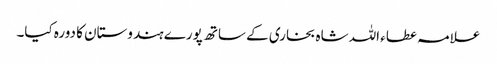
علامہ عطاء اللہ شاہ بخاری کے ساتھ پورے ہندوستان کا دورہ کیا۔